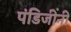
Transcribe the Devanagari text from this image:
पंडिजींनी